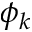
\phi _ { k }